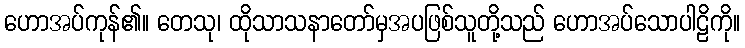
ဟောအပ်ကုန်၏။ တေသု၊ ထိုသာသနာတော်မှအပဖြစ်သူတို့သည် ဟောအပ်သောပါဠိကို။